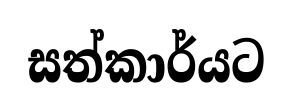
සත්කාර්යට